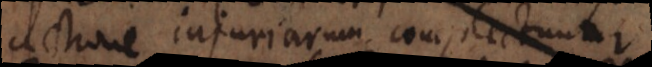
actione injuriarum complectuntur.